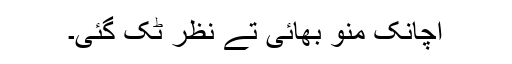
اچانک منو بھائی تے نظر ٹک گئی۔